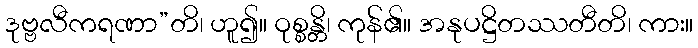
ဒုဗ္ဗလီကရဏာ”တိ၊ ဟူ၍။ ဝုစ္စန္တိ၊ ကုန်၏။ အနုပဋ္ဌိတဿတီတိ၊ ကား။